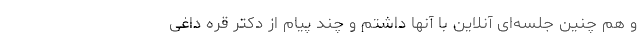
و هم چنین جلسه‌ای آنلاین با آنها داشتم و چند پیام از دکتر قره داغی